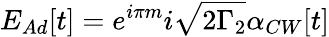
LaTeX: E_{Ad}[t]=e^{i\pi m}i\sqrt{2\Gamma_{2}}\alpha_{CW}[t]